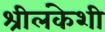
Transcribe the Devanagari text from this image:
श्रीलंकेशी